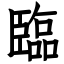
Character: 臨